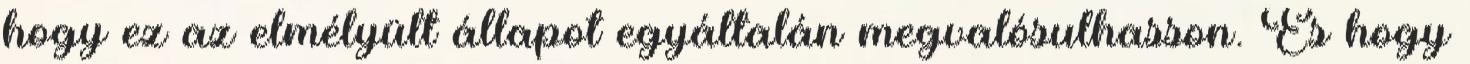
hogy ez az elmélyült állapot egyáltalán megvalósulhasson. És hogy